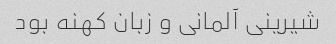
شیرینی آلمانی و زبان کهنه بود